Report on plague and inoculation in the Punjab from October 1st ... to September 30th..., being the ... season of plague in the province
Disease focus: Plague
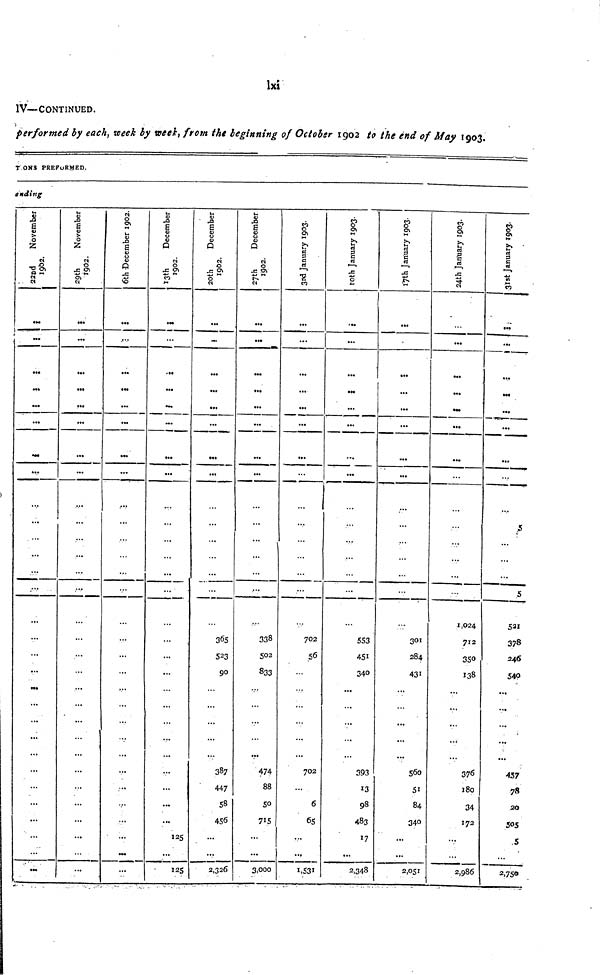
lxi
IV—CONTINUED.
performed by each, week by week, from the beginning of October 1902 to the end of May 1903.
TONS PREPURMED.
ending
22 nd November
1992
...
•••
...
...
...
....
...
...
•••
.-••
...
...
...
...
».
...
...
...
...
...
...
...
29th November 1992
...
...
>••
...
».
...
.,.
...
,••
...
...
...
...
...
...
...
...
...
6th December 1992
...
...
...
...
...
...
...
...
•v
...
...
•
...
13th December 1992
...
'..
...
.
...
...
...
...
...
...
...
...
...
...
...
...
...
...
...
125
I25
20th December 1992
...
...
...
...
•«t
...
...
...
...
523
90
...
387
447
58
456
2,326
27th Decvember 1992
...
...
...
...
...
...
...
...
...
...
...
,
338
502
833
...
...
...
•••
474
88
50
715
...
3,000
3rd January 1993
...
...
...
...
...
...
...
702
56
•••
...
702
6
65
...
1,531
10th January 1993
r..
...
...
...
...
...
...
...
553
451
340
...
•
...
...
393
13
98
483
17
2,348
17th January 1993
...
•a.
...
...
...
...
...
.•
...
...
301
284
431
...
...
...
560
51
84
340
...
2,051
24th January 1993
...
...
• M
...
...
...
•v
...
1,024
712
350
138
...
...
...
376
180
34
172
...
2,986
31st January 1993
...
M«
...
...
...
...
5
...
...
...
5
521
378
246
540
...
...
...
...
...
457
78
20
505
S
2.750